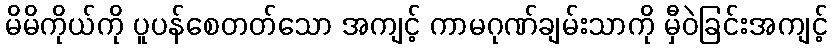
မိမိကိုယ်ကို ပူပန်စေတတ်သော အကျင့် ကာမဂုဏ်ချမ်းသာကို မှီဝဲခြင်းအကျင့်